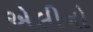
એલીનો